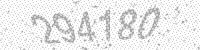
Solution: 294180